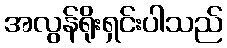
အလွန်ရိုးရှင်းပါသည်